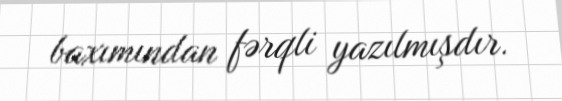
baxımından fərqli yazılmışdır.